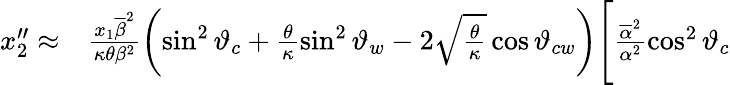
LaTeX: \begin{array}{rl}{x_{2}^{\prime\prime}\approx}&{{}\frac{x_{1}\overline{{\beta}}^{2}}{\kappa\theta\beta^{2}}\left(\sin^{2}\vartheta_{c}+\frac{\theta}{\kappa}\sin^{2}\vartheta_{w}-2\sqrt{\frac{\theta}{\kappa}}\cos\vartheta_{cw}\right)\Bigg[\frac{\overline{{\alpha}}^{2}}{\alpha^{2}}\cos^{2}\vartheta_{c}}\end{array}